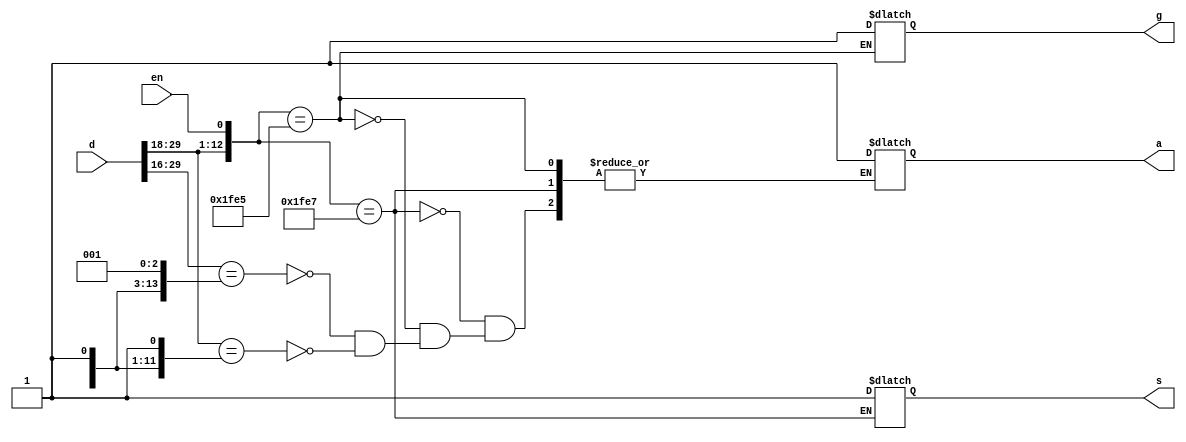
module test (d, en, g, s, a);

  input  [31:2]   d;
  input           en;
  output          g, s, a;

  reg             g, s, a;
  reg    [31:21]  r14;
  reg    [2:0]    r18;

  always @(d or r18 or r14 or en) begin
    casex ({d[31:12],r18[2:0],en})
     {20'b1111_1111_0011_????_????, 3'b???, 1'b1} : s = 1'b1;
     {20'b1111_1111_0010_????_????, 3'b???, 1'b1} : g = 1'b1;
     {{r14[31:21], 9'b0_01??_????}, 3'b???, 1'b?} : a = 1'b1; 
     {{r14[31:21], 9'b1_????_????}, 3'b???, 1'b?} : a = 1'b1;
   endcase
  end 

  // Other tests check functionality so if this compiles it is fine.
  initial $display("PASSED");

endmodule